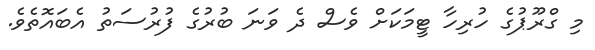
މި ގްރޫޕުގެ ހުރިހާ ޓީމަކަށް ވެސް ދެ ވަނަ ބުރުގެ ފުރުސަތު އެބައޮތެވެ.